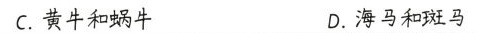
C. 黄牛和蜗牛 D.海马和斑马